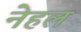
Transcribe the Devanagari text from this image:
नेहल